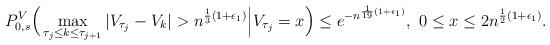
LaTeX: \begin{align*}P_{0,s}^V\Big( \max_{\tau_j \leq k \leq \tau_{j+1}} |V_{\tau_j} - V_k| > n^{\frac{1}{3}(1 + \epsilon_1)} \Big| V_{\tau_j} = x\Big)\leq e^{-n^{\frac{1}{19}(1 + \epsilon_1)}},~0 \leq x \leq 2n^{\frac{1}{2}(1 + \epsilon_1)}.\end{align*}